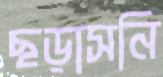
ছড়াসনি